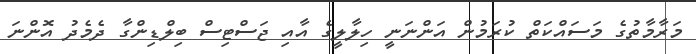
މަރާމާތުގެ މަސައްކަތް ކުރަމުން އަންނަނީ ހިލާލީގެ އާއި ޖަސްޓިސް ބިލްޑިންގާ ދެމެދު އޮންނަ